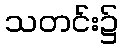
သတင်း၌